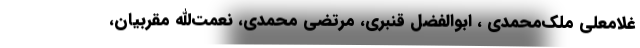
غلامعلي ملک‌محمدي ، ابوالفضل قنبري، مرتضي محمدي، نعمت‌الله مقربيان،